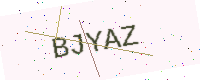
Text: BJYAZ